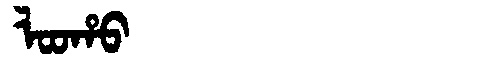
Manchu: ᠯᠣᠣᡥᠣ
Romanization: LOOHO